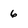
Character: 6